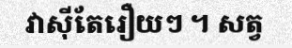
វាស៊ីតែរឿយៗ ។ សត្វ